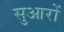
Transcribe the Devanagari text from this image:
सुआरों